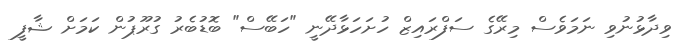
ވިދާޅުނުވި ނަމަވެސް މިރޭގެ ސަފްރައިޒް ހުށަހަޅާދޭނީ "ހަބޭސް" ބޮޑުބެރު ގުރޫޕުން ކަމަށް ޝާފީ